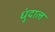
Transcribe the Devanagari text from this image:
धुंदाल